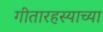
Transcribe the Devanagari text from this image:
गीतारहस्याच्या